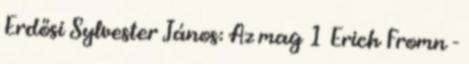
Erdősi Sylvester János: Az mag 1 Erich Fromn -